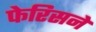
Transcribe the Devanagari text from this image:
फेरिसने